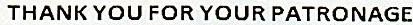
THANK YOU FOR YOUR PATRONAGE